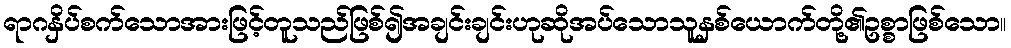
ရာဂနှိပ်စက်သောအားဖြင့်တူသည်ဖြစ်၍အချင်းချင်းဟုဆိုအပ်သောသူနှစ်ယောက်တို့၏ဥစ္စာဖြစ်သော။